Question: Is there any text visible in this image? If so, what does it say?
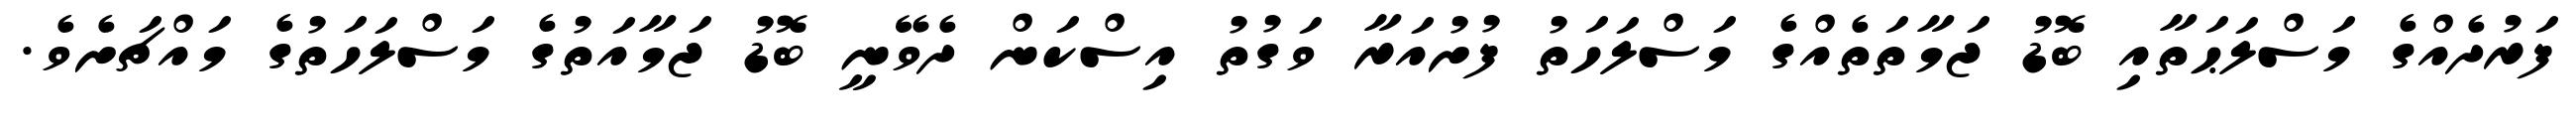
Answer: ފަރުދެއްގެ މަސްލަޙަތާއި ބޮޑު ޖަމާތަތެއްގެ މަސްލަހަތު ފުށުއަރާ ވަގުތު އިސްކަން ދެވޭނީ ބޮޑު ޖަމާއަތުގެ މަސްލަހަތުގެ މައްޗަށެވެ.